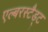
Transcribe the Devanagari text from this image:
एल्बरस्टैड्ट